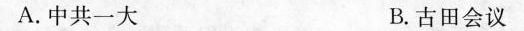
A.中共一大 B.古田会议